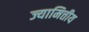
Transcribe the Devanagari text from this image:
ज्यामित्तीय